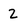
Character: 2